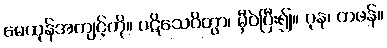
မေထုန်အကျင့်ကို။ ပဋိသေဝိတွာ၊ မှီဝဲပြီး၍။ ပုန၊ တဖန်။